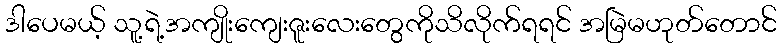
ဒါပေမယ့် သူ့ရဲ့အကျိုးကျေးဇူးလေးတွေကိုသိလိုက်ရရင် အမြဲမဟုတ်တောင်